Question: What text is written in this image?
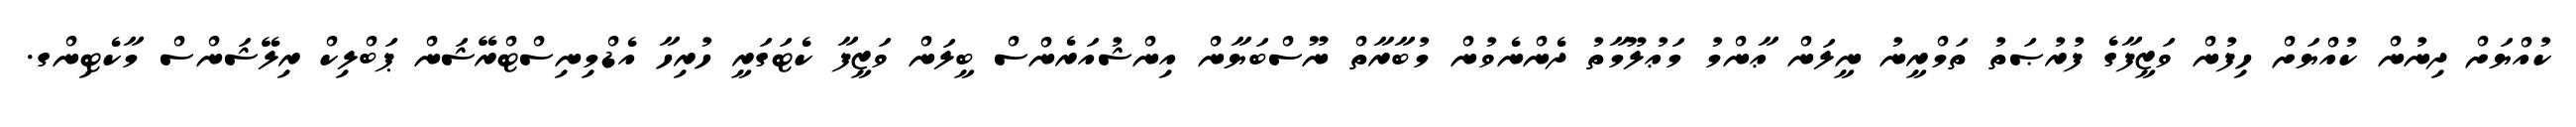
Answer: ކުއްޔަށް ދިނުން ކުއްޔަށް ހިފުން ވަޒީފާގެ ފުރުޞަތު ތަމްރީނު ނީލަން ޢާންމު މަޢުލޫމާތު ދެންނެވުން މުބާރާތް ނޫސްބަޔާން އިންޝުއަރެންސް ބީލަން ވަޒީފާ ކެޓަގަރީ ހުރިހާ އެޑްމިނިސްޓްރޭޝަން ޕަބްލިކް ރިލޭޝަންސް މާކެޓިންގ.